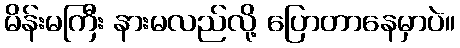
မိန်းမကြီး နားမလည်လို့ ပြောတာနေမှာပဲ။